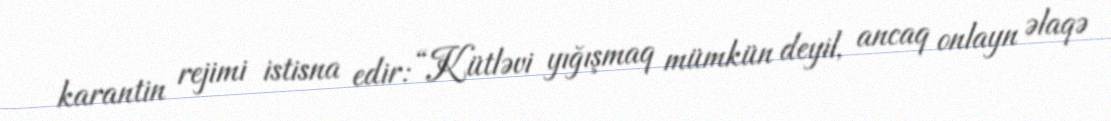
karantin rejimi istisna edir: “Kütləvi yığışmaq mümkün deyil, ancaq onlayn əlaqə